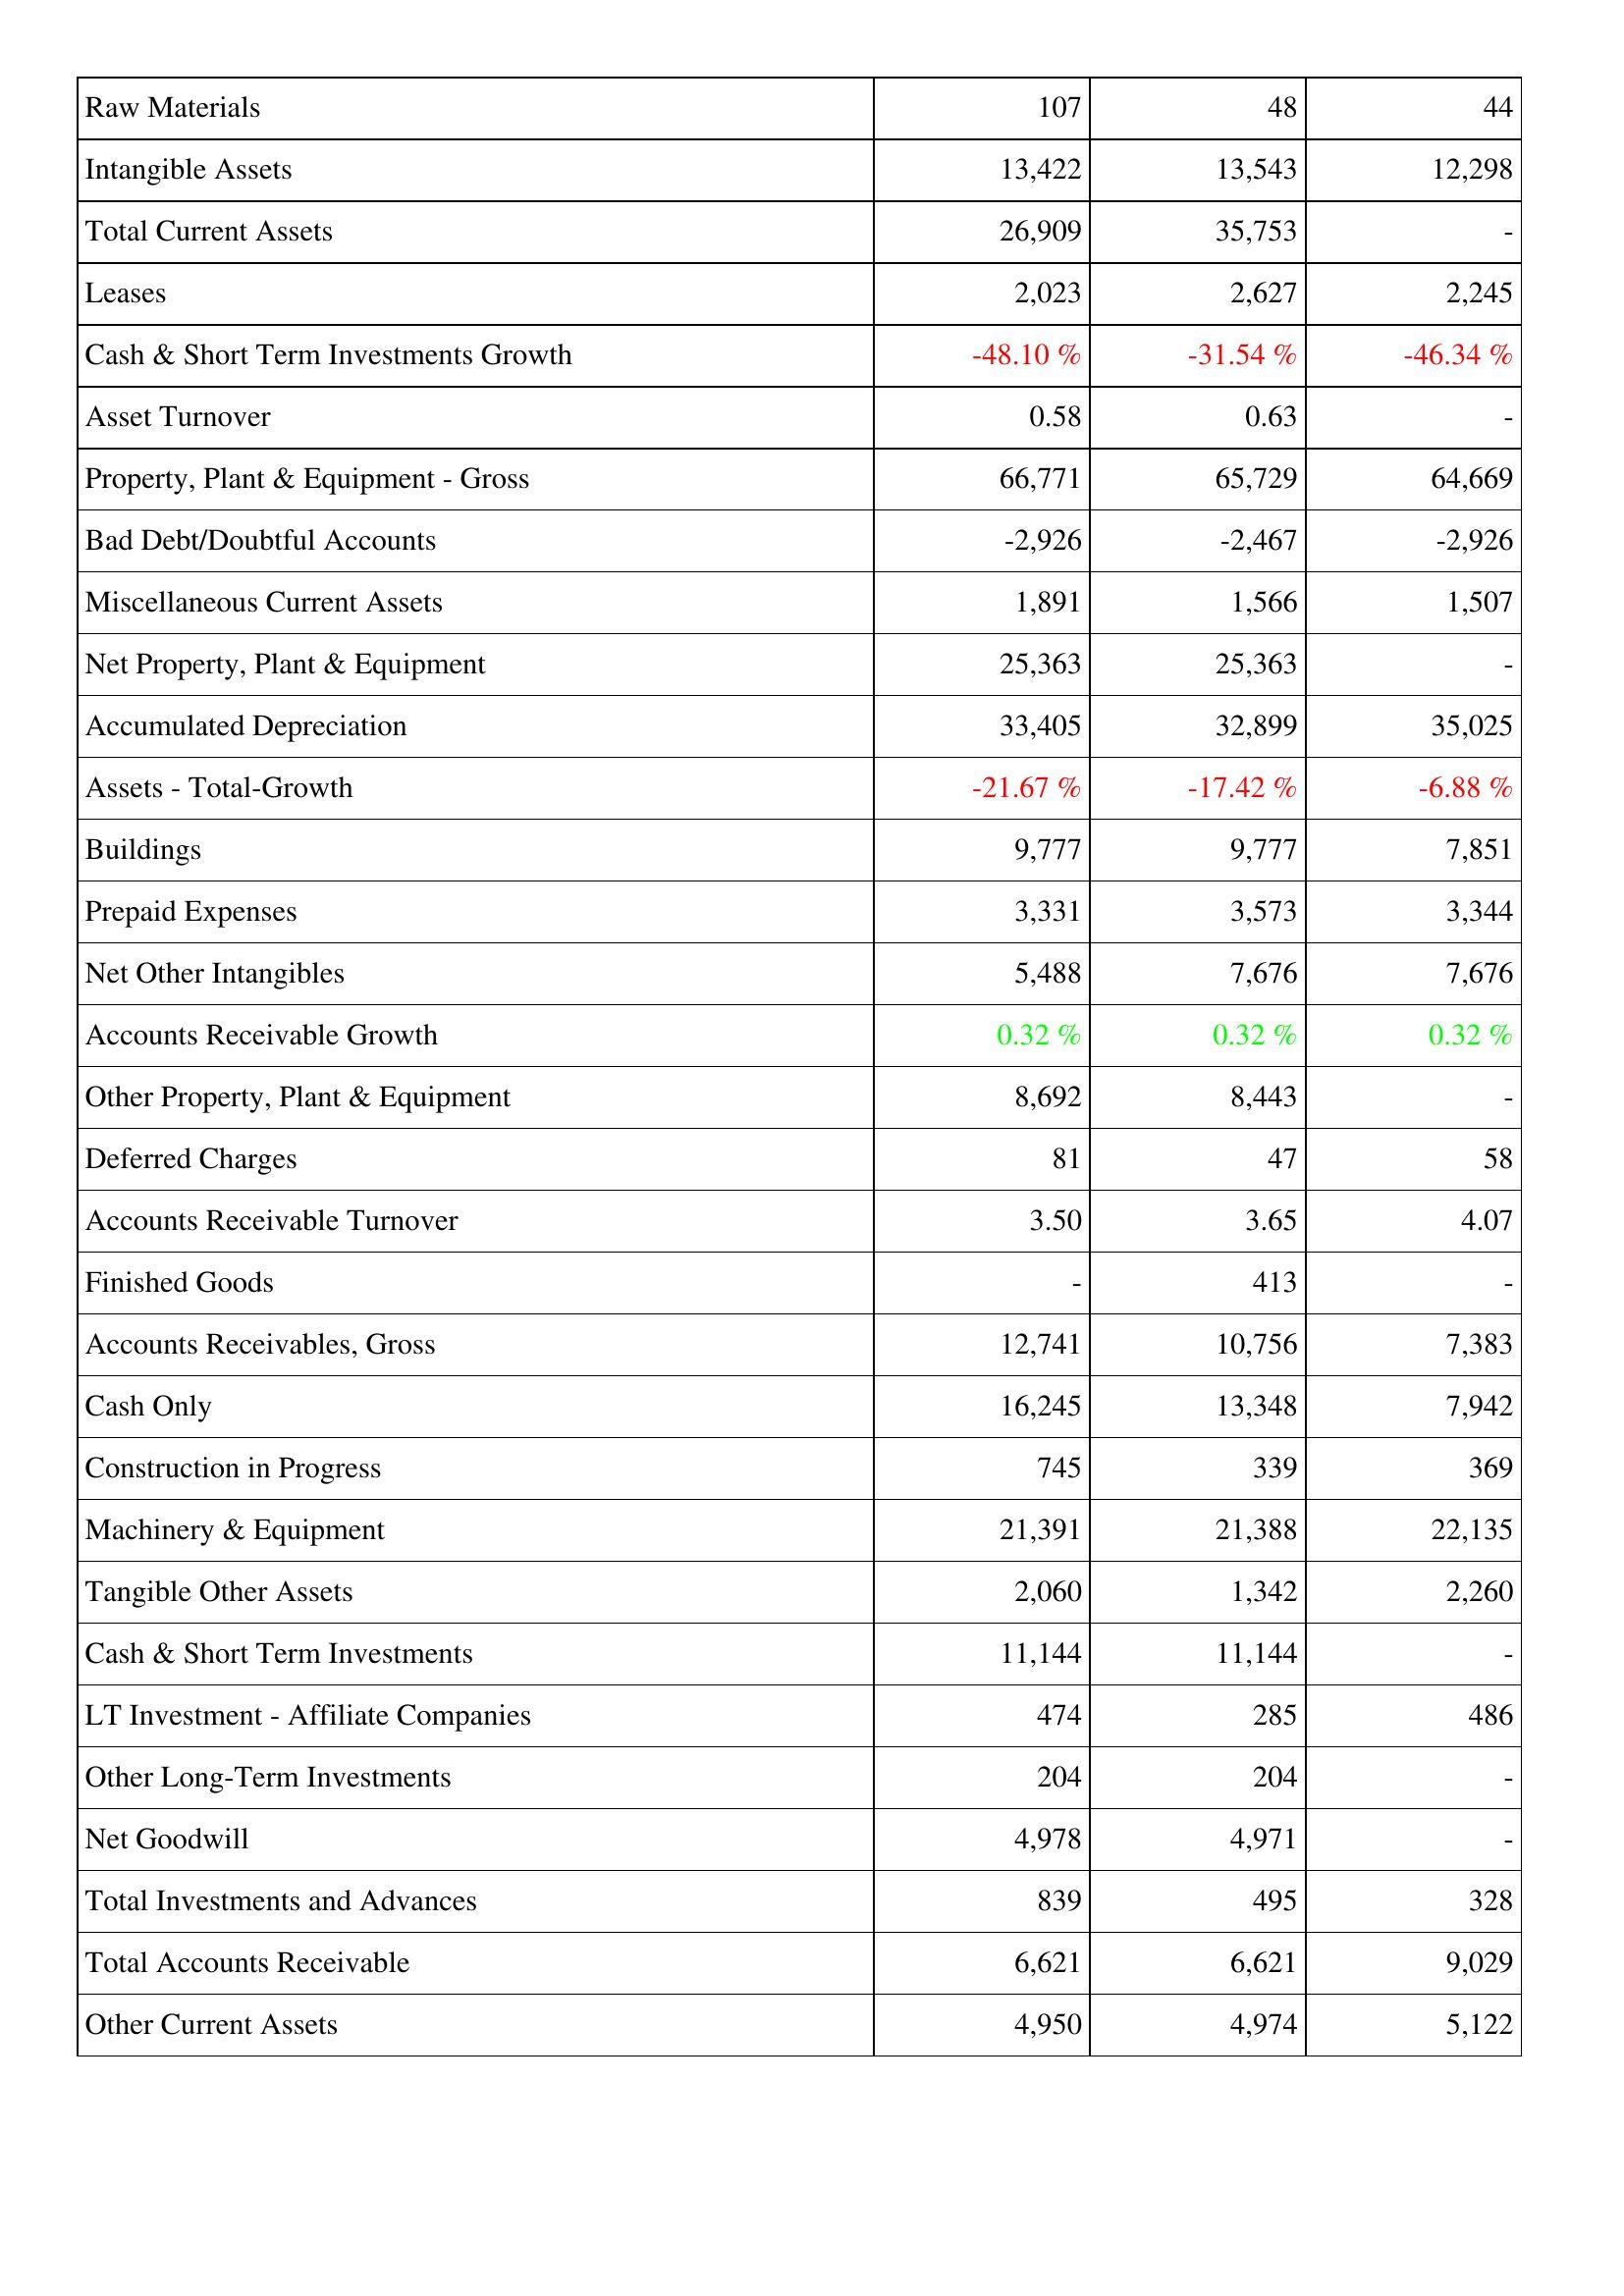
2021: Assets: Raw Materials: 107
Intangible Assets: 13,422
Total Current Assets: 26,909
Leases: 2,023
Cash & Short Term Investments Growth: -48.10 %
Asset Turnover: 0.58
Property, Plant & Equipment - Gross: 66,771
Bad Debt/Doubtful Accounts: -2,926
Miscellaneous Current Assets: 1,891
Net Property, Plant & Equipment: 25,363
Accumulated Depreciation: 33,405
Assets - Total-Growth: -21.67 %
Buildings: 9,777
Prepaid Expenses: 3,331
Net Other Intangibles: 5,488
Accounts Receivable Growth: 0.32 %
Other Property, Plant & Equipment: 8,692
Deferred Charges: 81
Accounts Receivable Turnover: 3.50
Finished Goods: -
Accounts Receivables, Gross: 12,741
Cash Only: 16,245
Construction in Progress: 745
Machinery & Equipment: 21,391
Tangible Other Assets: 2,060
Cash & Short Term Investments: 11,144
LT Investment - Affiliate Companies: 474
Other Long-Term Investments: 204
Net Goodwill: 4,978
Total Investments and Advances: 839
Total Accounts Receivable: 6,621
Other Current Assets: 4,950
2020: Assets: Raw Materials: 48
Intangible Assets: 13,543
Total Current Assets: 35,753
Leases: 2,627
Cash & Short Term Investments Growth: -31.54 %
Asset Turnover: 0.63
Property, Plant & Equipment - Gross: 65,729
Bad Debt/Doubtful Accounts: -2,467
Miscellaneous Current Assets: 1,566
Net Property, Plant & Equipment: 25,363
Accumulated Depreciation: 32,899
Assets - Total-Growth: -17.42 %
Buildings: 9,777
Prepaid Expenses: 3,573
Net Other Intangibles: 7,676
Accounts Receivable Growth: 0.32 %
Other Property, Plant & Equipment: 8,443
Deferred Charges: 47
Accounts Receivable Turnover: 3.65
Finished Goods: 413
Accounts Receivables, Gross: 10,756
Cash Only: 13,348
Construction in Progress: 339
Machinery & Equipment: 21,388
Tangible Other Assets: 1,342
Cash & Short Term Investments: 11,144
LT Investment - Affiliate Companies: 285
Other Long-Term Investments: 204
Net Goodwill: 4,971
Total Investments and Advances: 495
Total Accounts Receivable: 6,621
Other Current Assets: 4,974
2019: Assets: Raw Materials: 44
Intangible Assets: 12,298
Total Current Assets: -
Leases: 2,245
Cash & Short Term Investments Growth: -46.34 %
Asset Turnover: -
Property, Plant & Equipment - Gross: 64,669
Bad Debt/Doubtful Accounts: -2,926
Miscellaneous Current Assets: 1,507
Net Property, Plant & Equipment: -
Accumulated Depreciation: 35,025
Assets - Total-Growth: -6.88 %
Buildings: 7,851
Prepaid Expenses: 3,344
Net Other Intangibles: 7,676
Accounts Receivable Growth: 0.32 %
Other Property, Plant & Equipment: -
Deferred Charges: 58
Accounts Receivable Turnover: 4.07
Finished Goods: -
Accounts Receivables, Gross: 7,383
Cash Only: 7,942
Construction in Progress: 369
Machinery & Equipment: 22,135
Tangible Other Assets: 2,260
Cash & Short Term Investments: -
LT Investment - Affiliate Companies: 486
Other Long-Term Investments: -
Net Goodwill: -
Total Investments and Advances: 328
Total Accounts Receivable: 9,029
Other Current Assets: 5,122